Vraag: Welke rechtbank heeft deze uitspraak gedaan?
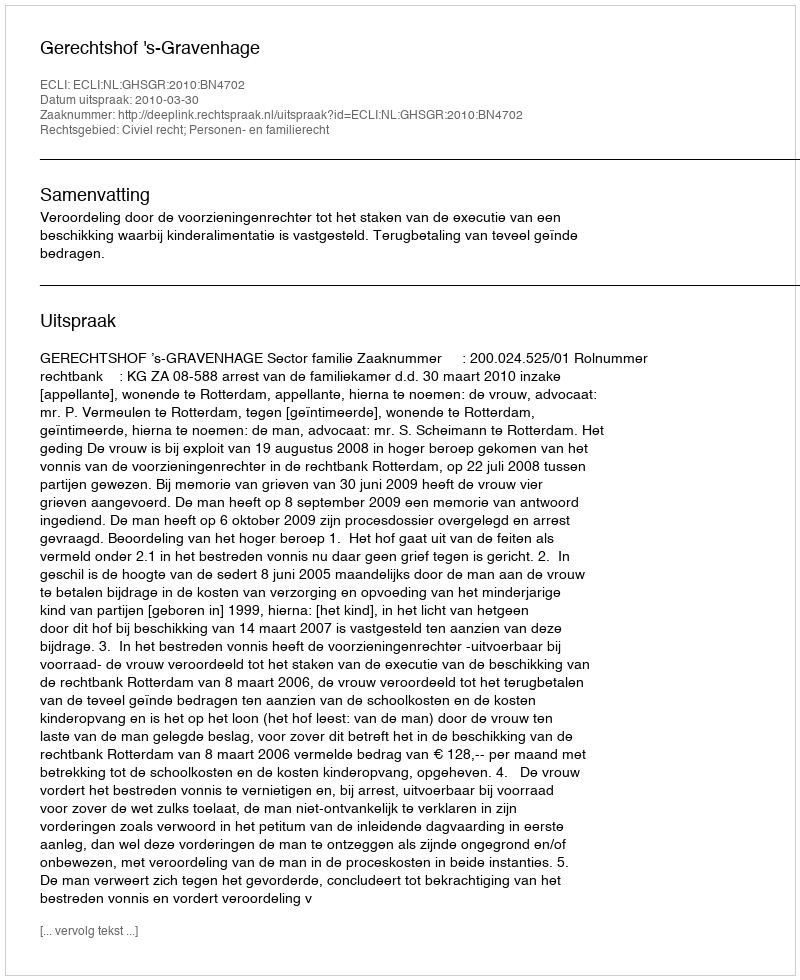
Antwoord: Gerechtshof 's-Gravenhage